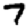
Digit: 7